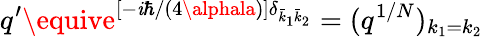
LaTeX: q^{\prime}\equive^{[-\mathit{i}\hbar/(4\alphala)]\delta_{\bar{{k}}_{1}\bar{{k}}_{2}}}=(q^{1/N})_{k_{1}=k_{2}}